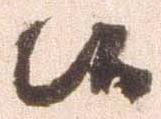
候